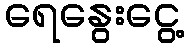
ရေနွေးငွေ့